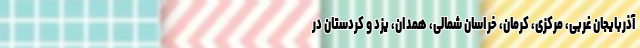
آذربایجان غربی، مرکزی، کرمان، خراسان شمالی، همدان، یزد و کردستان در